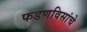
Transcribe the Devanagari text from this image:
फडणविसांचे